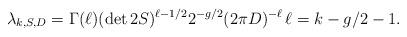
LaTeX: \begin{align*} \lambda_{k,S,D}= \Gamma(\ell)(\det 2S)^{\ell-1/2} 2^{-g/2}(2\pi D)^{-\ell} \, \ell=k-g/2-1.\end{align*}